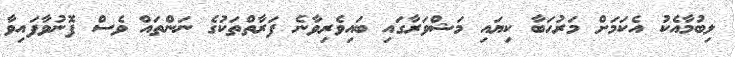
ލިބުމާއެކު އެކަމަށް މަރުހަބާ ކިޔައި މަޝްވަރާގައި ބައިވެރިވާނެ ފަރާތްތަކުގެ ނަންތައް ވެސް ފޮނުވާފައިވާ